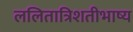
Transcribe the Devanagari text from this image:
ललितात्रिशतीभाष्य